Annual statistical returns and brief notes on vaccination in Bengal - 1887-1898
Year: 1887
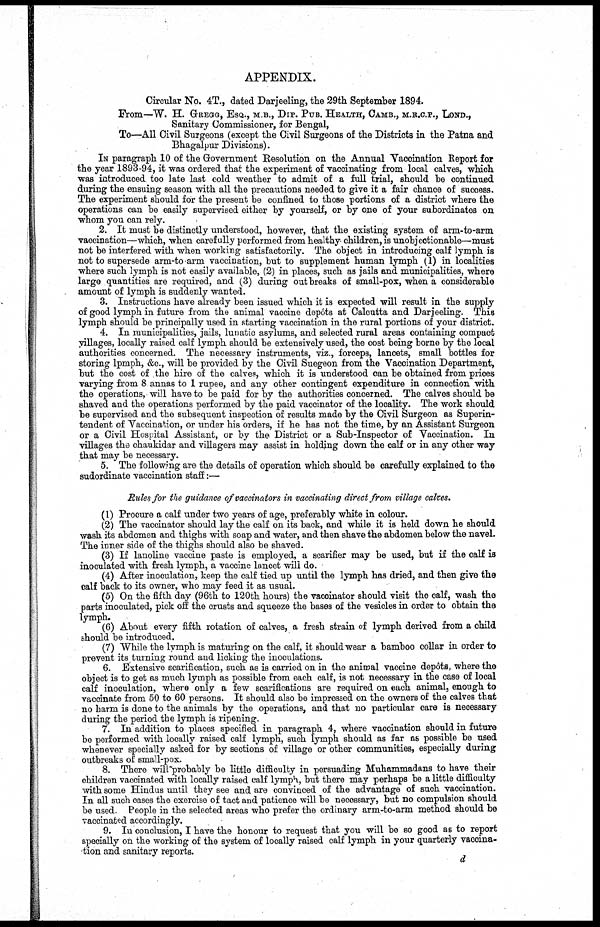
APPENDIX.
Circular No. 4T., dated Darjeeling, the 29th September 1894.
From—W. H. GREGG, ESQ., M.B., DIP. PUB. HEALTH, CAMB., M.R.C.P., LOND.,
Sanitary Commissioner, for Bengal,
To—All Civil Surgeons (except the Civil Surgeons of the Districts in the Patna and
Bhagalpur Divisions).
IN paragraph 10 of the Government Resolution on the Annual Vaccination Report for
the year 1893-94, it was ordered that the experiment of vaccinating from local calves, which
was introduced too late last cold weather to admit of a full trial, should be continued
during the ensuing season with all the precautions needed to give it a fair chance of success.
The experiment should for the present be confined to those portions of a district where the
operations can be easily supervised either by yourself, or by one of your subordinates on
whom you can rely.
2. It must be distinctly understood, however, that the existing system of arm-to-arm
vaccination—which, when carefully performed from healthy children, is unobjectionable—must
not be interfered with when working satisfactorily. The object in introducing calf lymph is
not to supersede arm-to-arm vaccination, but to supplement human lymph (1) in localities
where such lymph is not easily available, (2) in places, such as jails and municipalities, where
large quantities are required, and (3) during outbreaks of small-pox, when a considerable
amount of lymph is suddenly wanted.
3. Instructions have already been issued which it is expected will result in the supply
of good lymph in future from the animal vaccine depôts at Calcutta and Darjeeling. This
lymph should be principally used in starting vaccination in the rural portions of your district.
4. In municipalities, jails, lunatic asylums, and selected rural areas containing compact
villages, locally raised calf lymph should be extensively used, the cost being borne by the local
authorities concerned. The necessary instruments, viz., forceps, lancets, small bottles for
storing lpmph, &c., will be provided by the Civil Suegeon from the Vaccination Department,
but the cost of the hire of the calves, which it is understood can be obtained from prices
varying from 8 annas to 1 rupee, and any other contingent expenditure in connection with
the operations, will have to be paid for by the authorities concerned. The calves should be
shaved and the operations performed by the paid vaccinator of the locality. The work should
be supervised and the subsequent inspection of results made by the Civil Surgeon as Superin-
tendent of Vaccination, or under his orders, if he has not the time, by an Assistant Surgeon
or a Civil Hospital Assistant, or by the District or a Sub-Inspector of Vaccination. In
villages the chaukidar and villagers may assist in holding down the calf or in any other way
that may be necessary.
5. The following are the details of operation which should be carefully explained to the
sudordinate vaccination staff:—
Rules for the guidance of vaccinators in vaccinating direct from village calves.
(1) Procure a calf under two years of age, preferably white in colour.
(2) The vaccinator should lay the calf on its back, and while it is held down he should
wash its abdomen and thighs with soap and water, and then shave the abdomen below the navel.
The inner side of the thighs should also be shaved.
(3) If lanoline vaccine paste is employed, a scarifier may be used, but if the calf is
inoculated with fresh lymph, a vaccine lancet will do.
(4) After inoculation, keep the calf tied up until the lymph has dried, and then give the
calf back to its owner, who may feed it as usual.
(5) On the fifth day (96th to 120th hours) the vaccinator should visit the calf, wash the
parts inoculated, pick off the crusts and squeeze the bases of the vesicles in order to obtain the
lymph.
(6) About every fifth rotation of calves, a fresh strain of lymph derived from a child
should be introduced.
(7) While the lymph is maturing on the calf, it should wear a bamboo collar in order to
prevent its turning round and licking the inoculations.
6. Extensive scarification, such as is carried on in the animal vaccine depôts, where the
object is to get as much lymph as possible from each calf, is not necessary in the case of local
calf inoculation, where only a few scarifications are required on each animal, enough to
vaccinate from 50 to 60 persons. It should also be impressed on the owners of the calves that
no harm is done to the animals by the operations, and that no particular care is necessary
during the period the lymph is ripening.
7. In addition to places specified in paragraph 4, where vaccination should in future
be performed with locally raised calf lymph, such lymph should as far as possible be used
whenever specially asked for by sections of village or other communities, especially during
outbreaks of small-pox.
8. There will probably be little difficulty in persuading Muhammadans to have their
children vaccinated with locally raised calf lymph, but there may perhaps be a little difficulty
with some Hindus until they see and are convinced of the advantage of such vaccination.
In all such cases the exercise of tact and patience will be necessary, but no compulsion should
be used. People in the selected areas who prefer the ordinary arm-to-arm method should be
vaccinated accordingly.
9. In conclusion, I have the honour to request that you will be so good as to report
specially on the working of the system of locally raised calf lymph in your quarterly vaccina-
tion and sanitary reports.
d